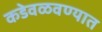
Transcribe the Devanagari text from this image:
कडेवळवण्यात